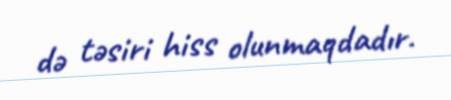
də təsiri hiss olunmaqdadır.